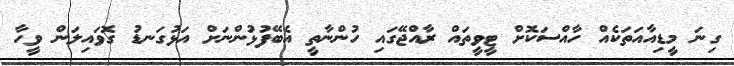
ގިނަ މީޑިއާއަތަކެއް ހާއްސަކޮށް ޓީވީތައް ރާއްޖޭގައި ހުންނާތީ އެބޭފުޅުންނަށް އަޅުގަނޑު ގޮވައިލަން ވީހާ